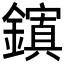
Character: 𮣉